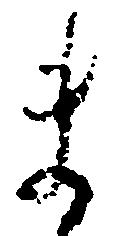
ま